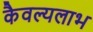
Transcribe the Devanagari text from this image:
कैवल्यलाभ